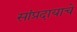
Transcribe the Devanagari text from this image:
सांप्रदायाचे